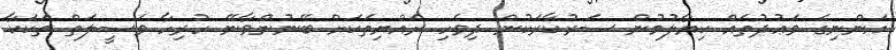
އަންނިގެ ވަޢުދުތައް ކިޔާލުމުން ސަރުކާރަކުން ދިވެހި ރައްޔިތަކަށް ބޭނުންވާނޭ ހުރިހާ ވަސީލަތް ތަކަކާ